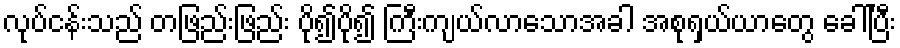
လုပ်ငန်းသည် တဖြည်းဖြည်း ပို၍ပို၍ ကြီးကျယ်လာသောအခါ အစုရှယ်ယာတွေ ခေါ်ပြီး